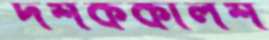
দশককালশ